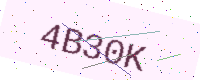
Text: 4B30K